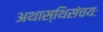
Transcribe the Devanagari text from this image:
अथास्थिसंचयः